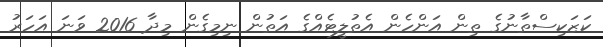
ކަޒަކިސްތާނުގެ ތިން އަންހެން އެތުލީޓެއްގެ އަތުން ނިމިގެން މިދާ 2016 ވަނަ އަހަރު